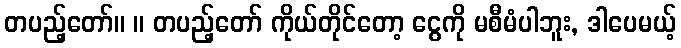
တပည့်တော်။ ။ တပည့်တော် ကိုယ်တိုင်တော့ ငွေကို မစီမံပါဘူး, ဒါပေမယ့်